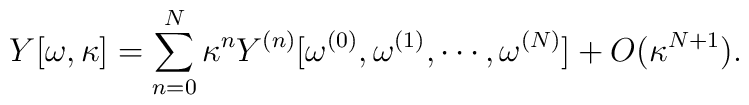
Y[\omega,\kappa]=\sum_{n=0}^N\kappa^nY^{(n)}[\omega^{(0)}, \omega^{(1)},\cdots,\omega^{(N)}]+O(\kappa^{N+1}).